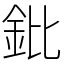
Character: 鈚